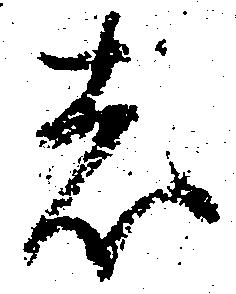
者